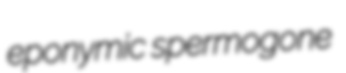
eponymic spermogone